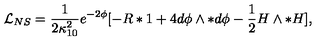
{ \mathcal { L } } _ { N S } = { \frac { 1 } { 2 \kappa _ { 1 0 } ^ { 2 } } } { e ^ { - 2 \phi } } [ - R * 1 + 4 d \phi \wedge * d \phi - \frac { 1 } { 2 } H \wedge * H ] ,